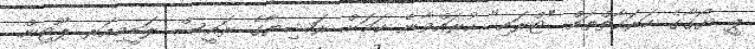
ޕީ ޔޯގާގެ ހަރަކާތްތައް "ޓްރައި" ކުރައްވާނެ ކަމަށް ރަޝިޔާގެ ރައީސް ލަޑީމިއަރ ޕޫޓިން